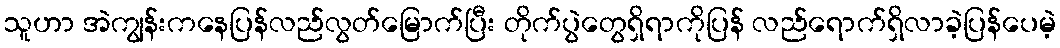
သူဟာ အဲကျွန်းကနေပြန်လည်လွတ်မြောက်ပြီး တိုက်ပွဲတွေရှိရာကိုပြန် လည်ရောက်ရှိလာခဲ့ပြန်ပေမဲ့